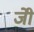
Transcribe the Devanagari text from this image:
जीे